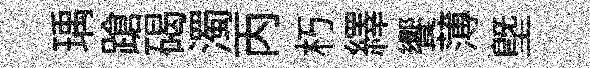
瑀蹌碣濁丙朽繹饗薄塈